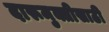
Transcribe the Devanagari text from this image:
दारूमुक्तीसाठी